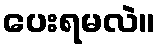
ပေးရမလဲ။